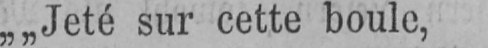
„„Jeté sur cette boule,